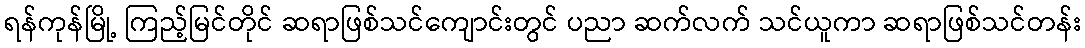
ရန်ကုန်မြို့ ကြည့်မြင်တိုင် ဆရာဖြစ်သင်ကျောင်းတွင် ပညာ ဆက်လက် သင်ယူကာ ဆရာဖြစ်သင်တန်း